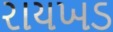
રાયખડ